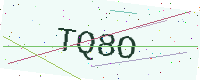
Text: TQ8O